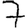
Digit: 7